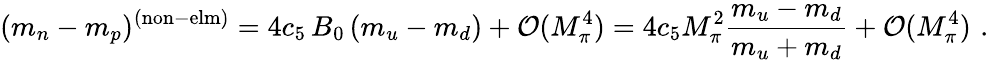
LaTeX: (m_{n}-m_{p})^{(\mathrm{non-elm)}}=4c_{5}\, B_{0}\, (m_{u}-m_{d})+{\cal O}(M_{\pi}^{4})=4c_{5}M_{\pi}^{2}{\frac{m_{u}-m_{d}}{m_{u}+m_{d}}}+{\cal O}(M_{\pi}^{4})\, \, .